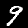
Label: 9